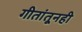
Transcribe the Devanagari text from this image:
गीतांतूनही